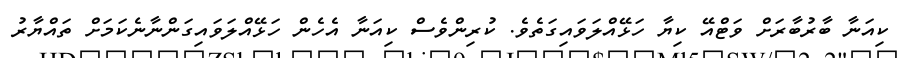
ކިއަނާ ބާރުބާރަށް ވަޓްއޭ ކިޔާ ހަޅޭއްލަވައިގަތެވެ. ކުރިންވެސް ކިއަނާ އެހެން ހަޅޭއްލަވައިގަންނާނެކަމަށް ތައްޔާރު